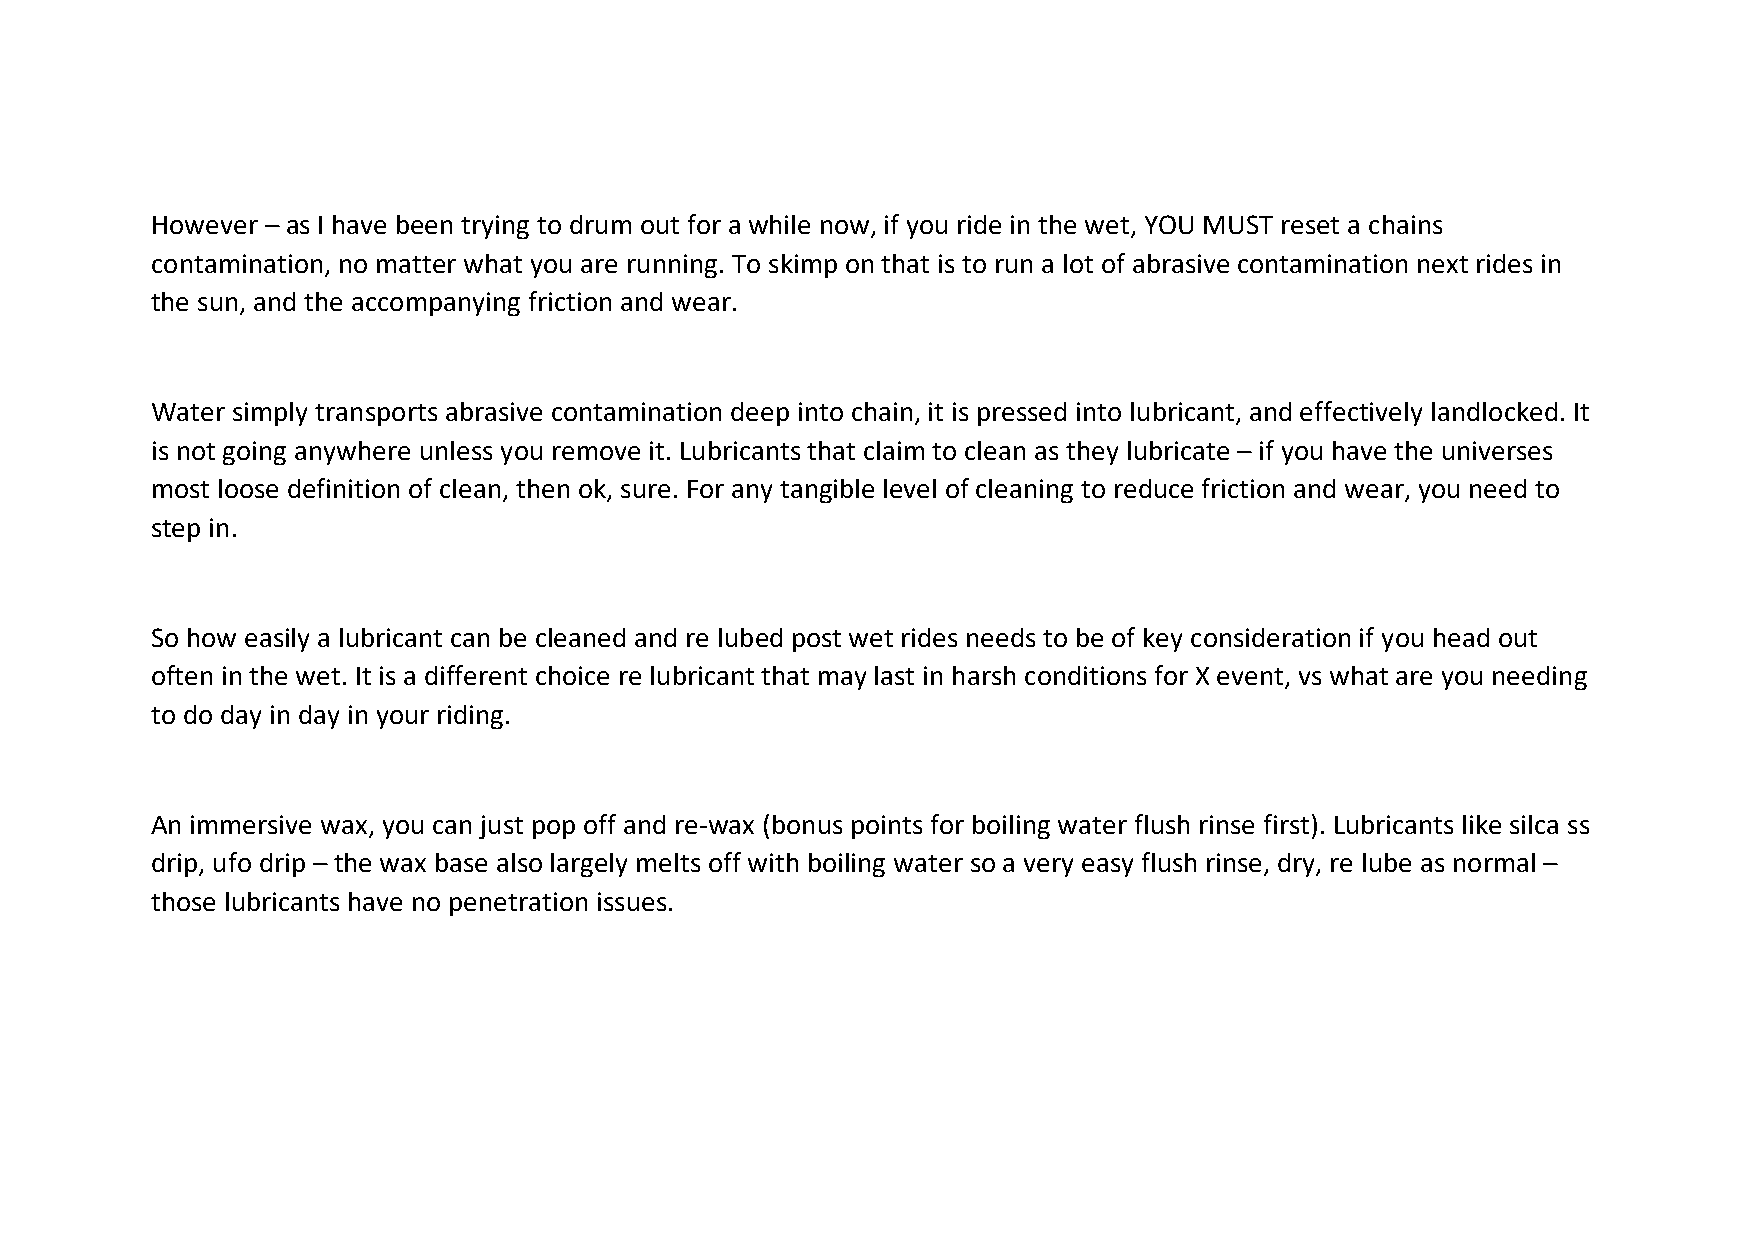
However – as I have been trying to drum out for a while now, if you ride in the wet, YOU MUST reset a chains
 contamination, no matter what you are running. To skimp on that is to run a lot of abrasive contamination next rides in
 the sun, and the accompanying friction and wear.
 Water simply transports abrasive contamination deep into chain, it is pressed into lubricant, and effectively landlocked. It
 is not going anywhere unless you remove it. Lubricants that claim to clean as they lubricate – if you have the universes
 most loose definition of clean, then ok, sure. For any tangible level of cleaning to reduce friction and wear, you need to
 step in.
 So how easily a lubricant can be cleaned and re lubed post wet rides needs to be of key consideration if you head out
 often in the wet. It is a different choice re lubricant that may last in harsh conditions for X event, vs what are you needing
 to do day in day in your riding.
 An immersive wax, you can just pop off and re-wax (bonus points for boiling water flush rinse first). Lubricants like silca ss
 drip, ufo drip – the wax base also largely melts off with boiling water so a very easy flush rinse, dry, re lube as normal –
 those lubricants have no penetration issues.